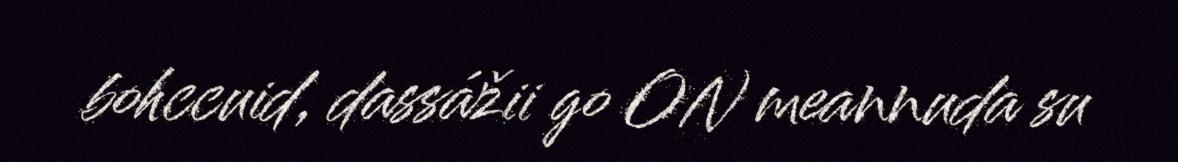
bohccuid, dassážii go ON meannuda su